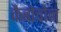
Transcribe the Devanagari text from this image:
कैबोचोन